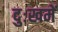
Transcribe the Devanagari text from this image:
दुःखमें